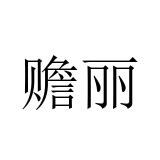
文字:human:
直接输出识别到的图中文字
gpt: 赡丽